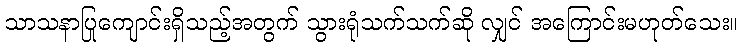
သာသနာပြုကျောင်းရှိသည့်အတွက် သွားရုံသက်သက်ဆို လျှင် အကြောင်းမဟုတ်သေး။